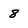
Character: 8